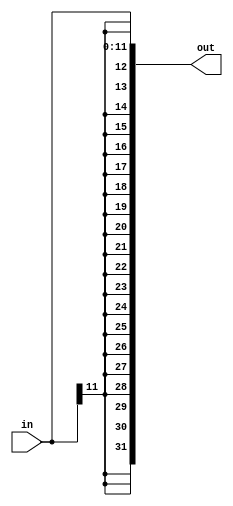
`timescale 1ns / 1ps

module imm_I(in, out);
	input [11:0] in;
	output wire [31:0]out;

	assign out = { {21{in[11]}}, in[10:0]};
endmodule

module imm_S(in, out);

	input [11:0] in;
	output wire [31:0]out;

	assign out = { {21{in[11]}}, in[10:5], in[4:1], in[0]};

endmodule

module imm_B(in, out);
	input [11:0] in;
	output wire [31:0]out;
	
	assign out = { {20{in[11]}}, in[0], in[10:5], in[4:1], 1'b0};
endmodule

module imm_U(in, out);
	input [19:0] in;
	output wire [31:0]out;
	
	assign out = { in[19:0], 12'b0};
endmodule

module imm_J(in, out);
	input [19:0] in;
	output wire [31:0]out;
	
	assign out = { {12{in[19]}},   in[7:0], in[8], in[18:13], in[12:9], 1'b0};
endmodule